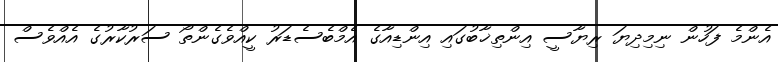
އެންމެ ފަހުން ނިމިދިޔަ ރިޔާސީ އިންތިޚާބުގައި އިންޑިއާގެ އެމްބެސެޑަރު ކީއްވެގެންތޯ ސަރުކާރުގެ އެއްވެސް